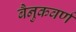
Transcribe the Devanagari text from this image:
बैनुकवर्ण